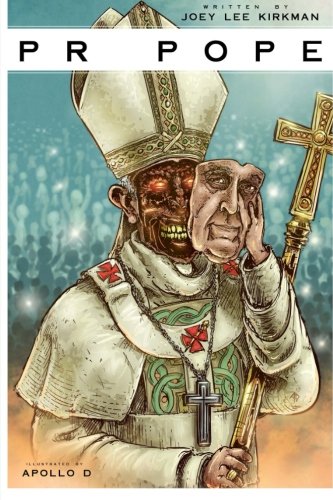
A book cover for PR Pope; Joey Lee Kirkman; Humor & Entertainment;